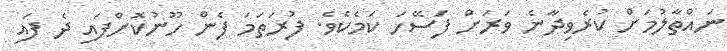
ނައްތާލުމަށް ކުރެވިދާނެ ވަރަށް ފަސޭހަ ކަމެކެވެ. ފުރަތަމަ ފެން ހޫނުކޮށްފައި ދެ ފައި